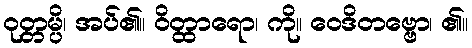
ဝုတ္တမ္ပိ၊ အပ်၏။ ဝိတ္ထာရော၊ ကို။ ဝေဒိတဗ္ဗော၊ ၏။